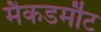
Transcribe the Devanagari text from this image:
मैकडर्मौट